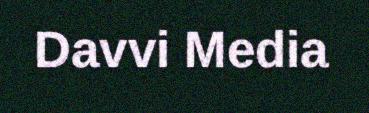
Davvi Media